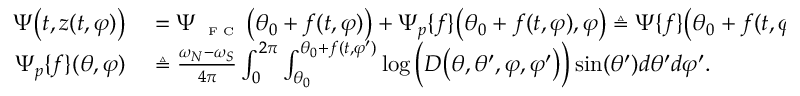
\begin{array} { r l } { \Psi \big ( t , z ( t , \varphi ) \big ) } & { { } = \Psi _ { \textnormal { \tiny { F C } } } \big ( \theta _ { 0 } + f ( t , \varphi ) \big ) + \Psi _ { p } \{ f \} \big ( \theta _ { 0 } + f ( t , \varphi ) , \varphi \big ) \triangleq \Psi \{ f \} \big ( \theta _ { 0 } + f ( t , \varphi ) , \varphi \big ) , } \\ { \Psi _ { p } \{ f \} ( \theta , \varphi ) } & { { } \triangleq \frac { \omega _ { N } - \omega _ { S } } { 4 \pi } \int _ { 0 } ^ { 2 \pi } \int _ { \theta _ { 0 } } ^ { \theta _ { 0 } + f ( t , \varphi ^ { \prime } ) } \log \Big ( D \big ( \theta , \theta ^ { \prime } , \varphi , \varphi ^ { \prime } \big ) \Big ) \sin ( \theta ^ { \prime } ) d \theta ^ { \prime } d \varphi ^ { \prime } . } \end{array}